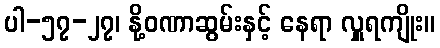
ပါ-၅၇-၂၇၊ နို့ဝဏာဆွမ်းနှင့် နေရာ လှူရကျိုး။